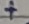
Text: +